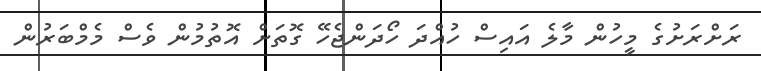
ރަށްރަށުގެ މީހުން މާލެ އައިސް ހުއްދަ ހޯދަންޖެހޭ ގޮތަށް އޮތުމުން ވެސް މެމްބަރުން